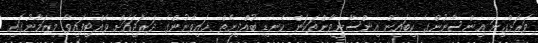
ވަރަށްގިނަ އިންސާނުންގެ ކިބައިން އިންސާނީވާންތަކަން ކެނޑި ބުއްދިނެތް ޙައިވާނުންގެ ދަރަޖައަށް ވެއްޓިފައިވާ މިޒަމާނުގައި